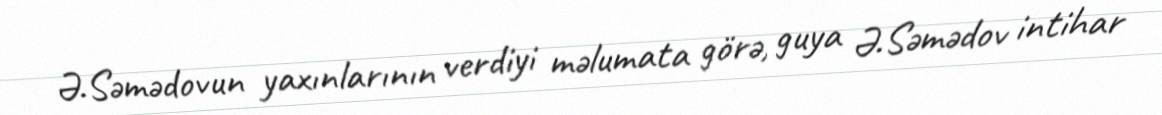
Ə.Səmədovun yaxınlarının verdiyi məlumata görə, guya Ə.Səmədov intihar